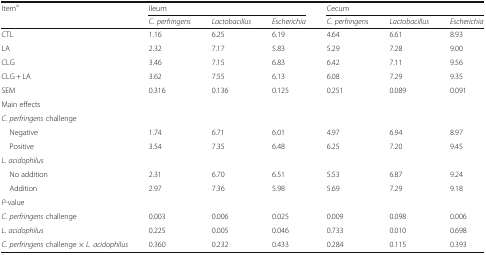
| Itema | <COLSPAN=3> Ileum | <COLSPAN=3> Cecum |
 |  | C. perfringens | Lactobacillus | Escherichia | C. perfringens | Lactobacillus | Escherichia |
 | --- | --- | --- | --- | --- | --- | --- |
 | CTL | 1.16 | 6.25 | 6.19 | 4.64 | 6.61 | 8.93 |
 | LA | 2.32 | 7.17 | 5.83 | 5.29 | 7.28 | 9.00 |
 | CLG | 3.46 | 7.15 | 6.83 | 6.42 | 7.11 | 9.56 |
 | CLG + LA | 3.62 | 7.55 | 6.13 | 6.08 | 7.29 | 9.35 |
 | SEM | 0.316 | 0.136 | 0.125 | 0.251 | 0.089 | 0.091 |
 | <COLSPAN=7> Main effects |
 | <COLSPAN=7> C. perfringens challenge |
 | Negative | 1.74 | 6.71 | 6.01 | 4.97 | 6.94 | 8.97 |
 | Positive | 3.54 | 7.35 | 6.48 | 6.25 | 7.20 | 9.45 |
 | <COLSPAN=7> L. acidophilus |
 | No addition | 2.31 | 6.70 | 6.51 | 5.53 | 6.87 | 9.24 |
 | Addition | 2.97 | 7.36 | 5.98 | 5.69 | 7.29 | 9.18 |
 | <COLSPAN=7> P-value |
 | C. perfringens challenge | 0.003 | 0.006 | 0.025 | 0.009 | 0.098 | 0.006 |
 | L. acidophilus | 0.225 | 0.005 | 0.046 | 0.733 | 0.010 | 0.698 |
 | C. perfringens challenge × L. acidophilus | 0.360 | 0.232 | 0.433 | 0.284 | 0.115 | 0.393 |